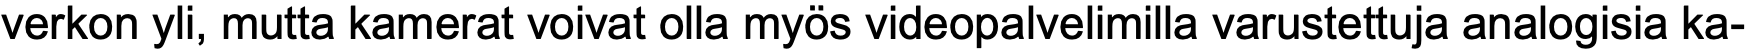
verkon yli, mutta kamerat voivat olla myös videopalvelimilla varustettuja analogisia ka-